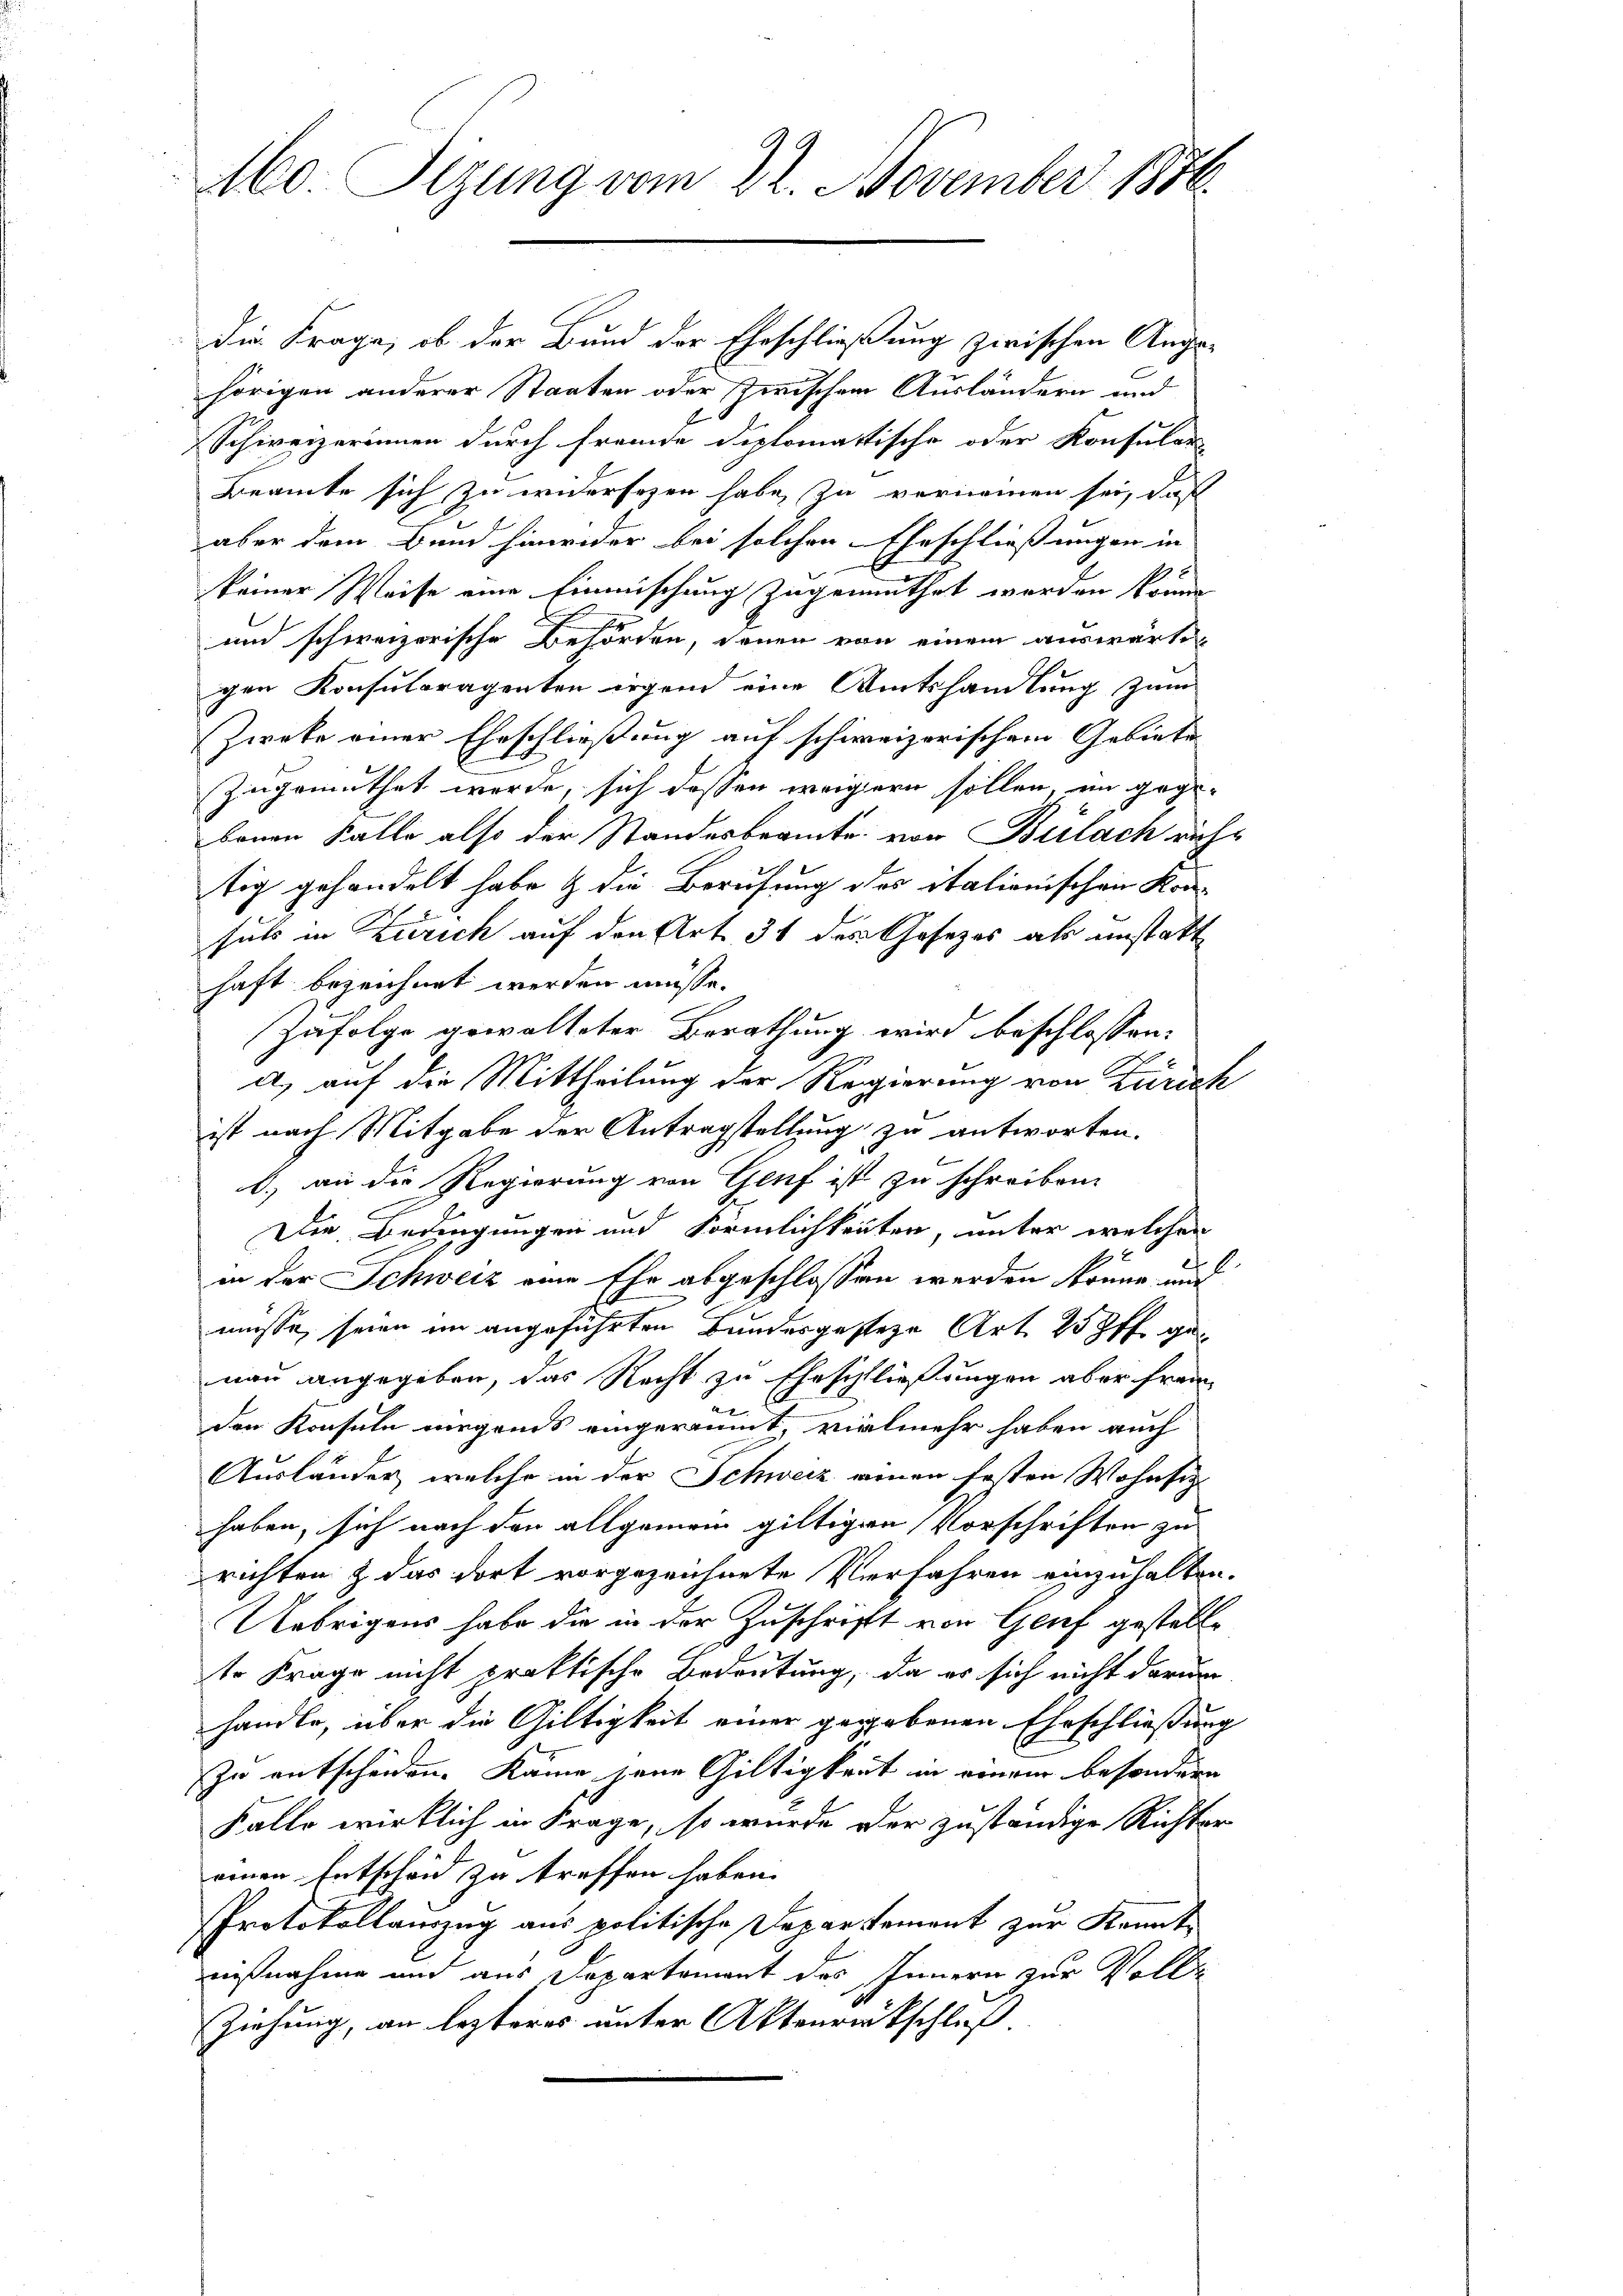
M60. Sizung vom 22. November 1876

die Frage, ob der Bund der Eheschließung zwischen Angahörigen anderer Staaten oder zwischen Ausländern und
Schweizerinnen durch fremde diplomatische oder Konsular-
Beamte sich zu widersehen habe, zu vernommen sei, daß
aber dem Bund hinwider bei solchen Eheschließungen in
keiner Weise eine Einmischung zugemuthet werden könne.
e
und schweizerische Behörden, denen von einem auswärtigen Konsuloragenten irgend eine Amtshandlung zum
Zwete einer Eheschließung auf schweizerischem Gebiete
zugemuthet werde, sich dessen weigern sollen, im gege-
bauen Falle also der Standesbeamte von Bülach richtig gehandelt habe & die Berufung des italionischen Konsuls in Zürich auf den Art. 31 des Gesetzes als unstatt
haft bezeichnet werden müsse.
Zufolge gewalteter Berathung wird beschlossen:
a) auf die Mittheilung der Regierung von Zürich
ist nach Mitgabe der Antragstellung zu antworten.
b.) an die Regierung von Genf ist zu schreiben.
Die Bedingungen und Förmlichkeiten, unter welcher
in der Schweiz eine Ehr abgeschlossen werden könne und
müsse seien im angeführten Bundesgestehe Art 25 ff. genau angegeben, das Recht zu Eheschließungen aber frem
24
den Konsuln nirgends eingeräumt, vielmehr haben auch
Ausländer, welche in der Schweiz einen festen Wohnsitz
haben, sich nach den allgemein giltigen Vorschriften zu
richten & das dort vorgezeichnete Verfahren einzuhalten.
Uebrigens habe die in der Zuschrift von Genf gestellte Frage nicht praktische Bedeutung, da es sich nicht darum
handle, über die Gültigkeit einer gegebenen Eheschließung
zu entscheiden. Kame jene Giltigkeit in einem besondern
Falle wirklich in Frage, so wurde der zuständige Richter
einen Entscheid zu treffen haben.
PProtokollauszug aus politische Departement zur Kenntaaßnahme und aus Departement des Innern zur Volle
Ziehung, an lezteres unter Aktenrückschluß.